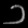
Digit: ၁